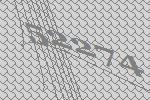
52274